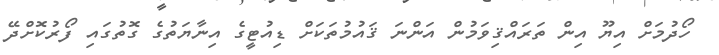
ހޯދުމަށް އިޔޫ އިން ތަރައްޤިވަމުން އަންނަ ޤައުމުތަކަށް ޑިއުޓީގެ އިނާޔަތުގެ ގޮތުގައި ފޯރުކޮށްދޭ